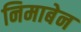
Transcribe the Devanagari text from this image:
निमाबेन